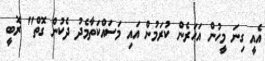
އެއީ ގިނަ މީހުން އަހަރެން ކުރަމުން އައި މަސައްކަތާމެދު ދެކުން ގޮތް" ރޮބީ